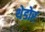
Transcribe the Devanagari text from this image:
थेडोर